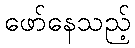
ဖော်နေသည့်